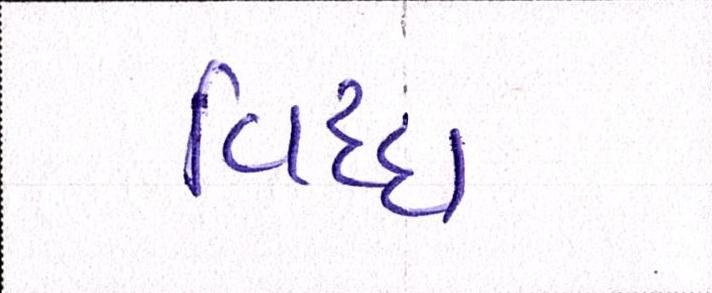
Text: વિધ્ધ